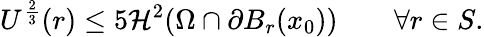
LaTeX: U^{\frac{2}{3}}(r)\leq 5\mathcal{H}^{2}(\Omega\cap\partial B_{r}(x_{0}))\qquad\forall r\in S.